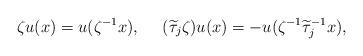
LaTeX: \begin{align*}\zeta u(x)=u(\zeta^{-1}x), \ \ \ \ (\widetilde{\tau}_j\zeta)u(x)=-u(\zeta^{-1}\widetilde{\tau}_j^{-1} x),\end{align*}